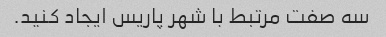
سه صفت مرتبط با شهر پاریس ایجاد کنید.